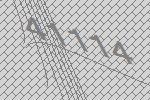
41114